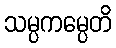
သမ္ပကမ္ပေတိ